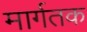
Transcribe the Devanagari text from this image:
मार्गतक